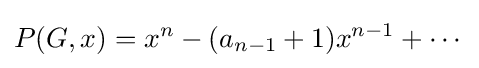
P(G,x)=x^{n}-(a_{n-1}+1)x^{n-1}+\cdots